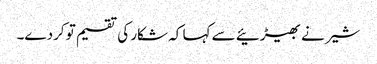
شیر نے بھیڑئیے سے کہا کہ شکار کی تقسیم تو کردے۔